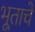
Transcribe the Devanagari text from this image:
भूताचे